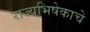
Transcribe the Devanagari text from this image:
राज्यभिषेकाचे